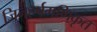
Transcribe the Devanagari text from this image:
जिनहर्षगणिकृत